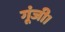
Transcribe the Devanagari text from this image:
गूंजी।